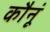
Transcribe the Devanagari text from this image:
कौनूं